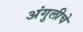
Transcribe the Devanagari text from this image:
अंगुलीचे